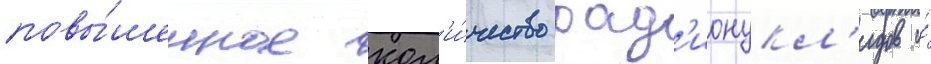
повы́шенное кол'и́чество рад'ионукл'идов и́